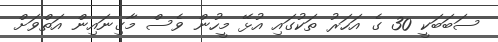
ސަބަބަކީ 30 ގެ އަހަރު ތަކުގައި އުޅޭ މީހުން ވެސް މާގިނައިން އަތްވަށް